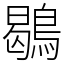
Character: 鶡